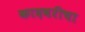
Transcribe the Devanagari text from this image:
कादबरीचा